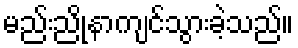
မည်းညိုနာကျင်သွားခဲ့သည်။